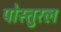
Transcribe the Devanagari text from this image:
पोस्तुरल